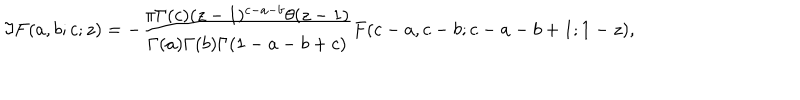
\Im F ( a , b ; c ; z ) = - \frac { \pi \Gamma ( c ) ( z - 1 ) ^ { c - a - b } \theta ( z - 1 ) } { \Gamma ( a ) \Gamma ( b ) \Gamma ( 1 - a - b + c ) } F ( c - a , c - b ; c - a - b + 1 ; 1 - z ) ,